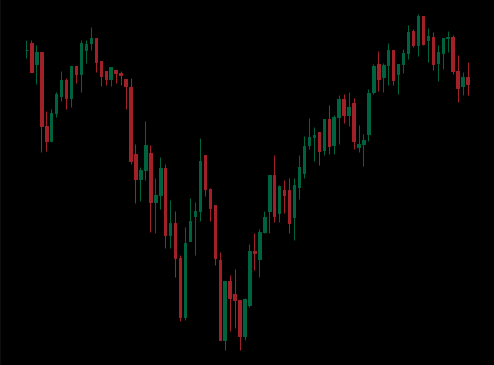
Pattern: unclassified